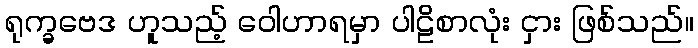
ရုက္ခဗေဒ ဟူသည့် ဝေါဟာရမှာ ပါဠိစာလုံး ငှား ဖြစ်သည်။